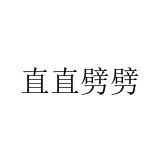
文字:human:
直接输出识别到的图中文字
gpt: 直直劈劈